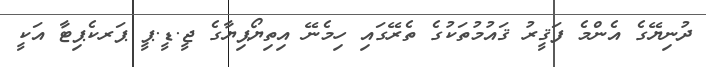
ދުނިޔޭގެ އެންމެ ފަޤީރު ޤައުމުތަކުގެ ތެރޭގައި ހިމެނޭ އިތިޔޯޕިޔާގެ ޖީ.ޑީ.ޕީ ޕަރކެޕިޓާ އަކީ